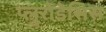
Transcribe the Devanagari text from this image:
प्लुरोडेसिस